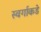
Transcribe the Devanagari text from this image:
स्वर्गाकडे